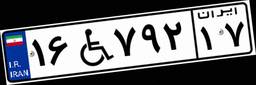
۱۶W۷۹۲۱۷